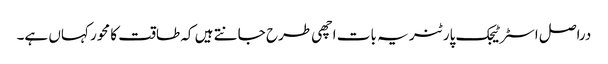
دراصل اسٹرٹیجک پارٹنر یہ بات اچھی طرح جانتے ہیں کہ طاقت کا محور کہاں ہے۔